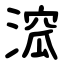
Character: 溛